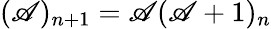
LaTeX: (\mathscr{A})_{n+1}=\mathscr{A}(\mathscr{A}+1)_{n}